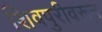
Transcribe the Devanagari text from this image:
शिवपुरीवरून